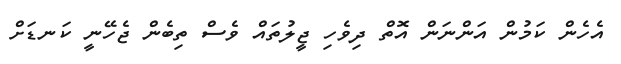
އެހެން ކަމުން އަންނަން އޮތް ދިވެހި ޖީލުތައް ވެސް ތިބެން ޖެހޭނީ ކަނޑަށް